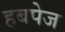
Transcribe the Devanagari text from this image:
हबपेज